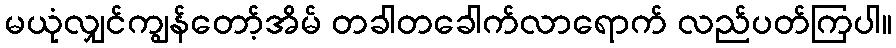
မယုံလျှင်ကျွန်တော့်အိမ် တခါတခေါက်လာရောက် လည်ပတ်ကြပါ။